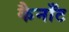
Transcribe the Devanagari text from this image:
कैनाँट